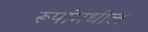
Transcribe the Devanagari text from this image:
रूपांमधील